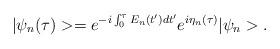
LaTeX: \begin{align*}|\psi_{n}(\tau)>=e^{-i\int_{0}^{\tau}E_{n}(t^{\prime})dt^{\prime}}e^{i\eta_{n}(\tau)}|\psi_{n}> .\end{align*}